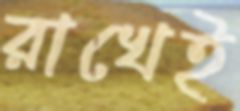
রাখেই